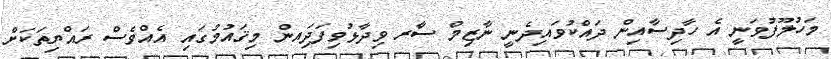
މަހުލޫފުވަނީ އެ ހާދިސާއިން ދައްކުވައިދެނީ ނާޒިމް ސާރ ވިދާޅުވިފަދަިއން މިޤައުމުގައި އެއްވެސް ރައްޔިތަކަށް